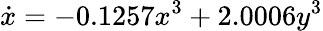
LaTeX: \dot{x}=-0.1257x^{3}+2.0006y^{3}